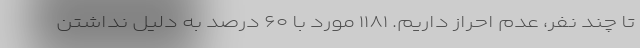
تا چند نفر، عدم احراز داریم. ۱۱۸۱ مورد با ۶۰ درصد به دلیل نداشتن